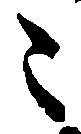
々